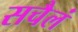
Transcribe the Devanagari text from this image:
सचैलं